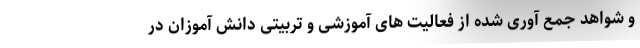
و شواهد جمع آوری شده از فعالیت های آموزشی و تربیتی دانش آموزان در